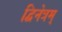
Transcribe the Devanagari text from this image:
द्विनेत्रम्